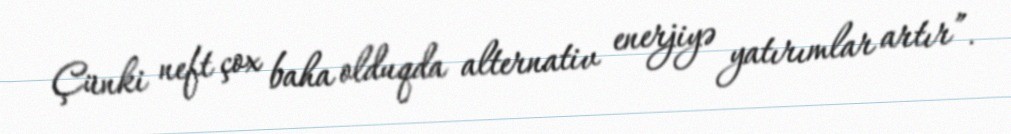
Çünki neft çox baha olduqda alternativ enerjiyə yatırımlar artır”.